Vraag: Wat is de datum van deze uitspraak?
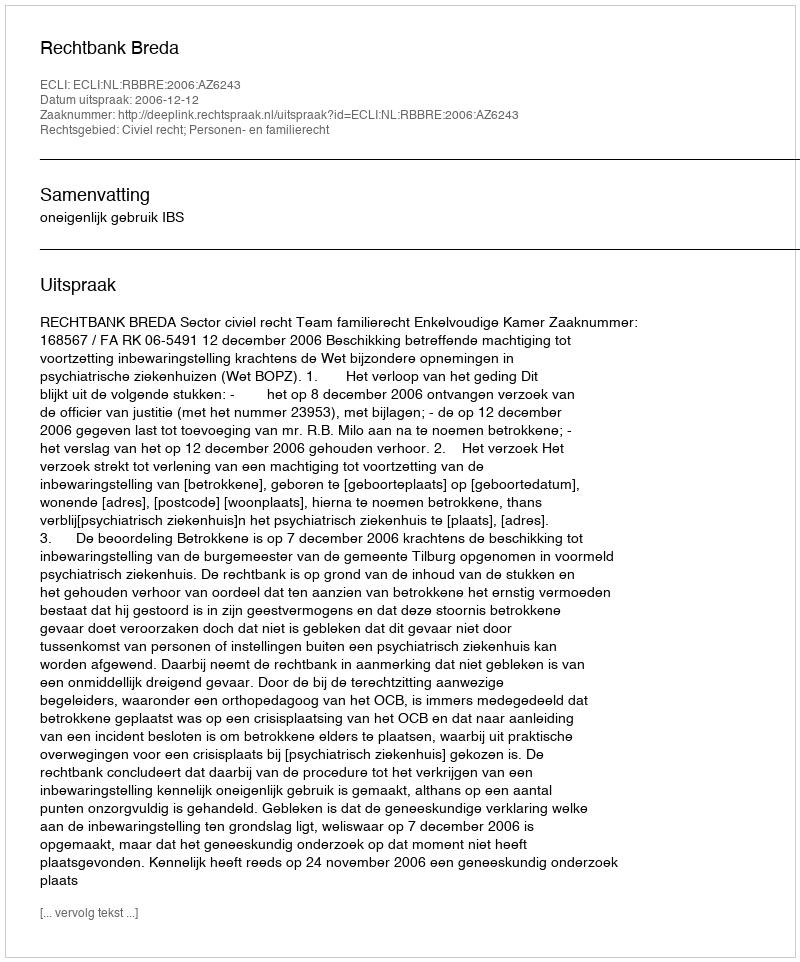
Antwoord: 2006-12-12